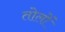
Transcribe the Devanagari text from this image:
तोलों